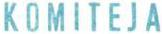
KOMITEJA